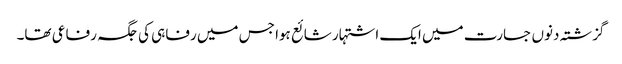
گزشتہ دنوں جسارت میں ایک اشتہار شائع ہوا جس میں رفاہی کی جگہ رفاعی تھا۔